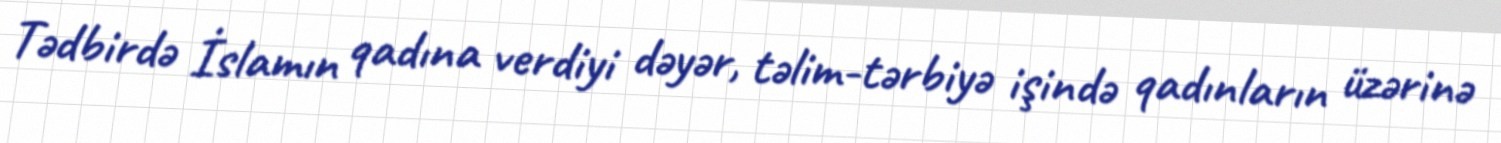
Tədbirdə İslamın qadına verdiyi dəyər, təlim-tərbiyə işində qadınların üzərinə